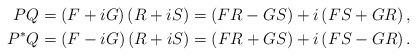
LaTeX: \begin{align*}PQ & =\left( F+iG\right) \left( R+iS\right) =\left( FR-GS\right)+i\left( FS+GR\right) ,\\P^{\ast}Q & =\left( F-iG\right) \left( R+iS\right) =\left(FR+GS\right) +i\left( FS-GR\right) . \end{align*}